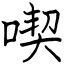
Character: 喫